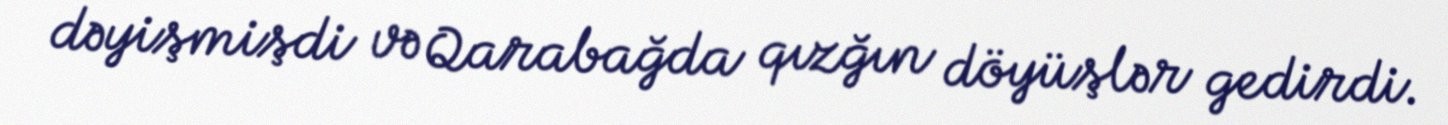
dəyişmişdi və Qarabağda qızğın döyüşlər gedirdi.